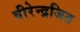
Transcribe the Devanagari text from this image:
वीरेन्द्रजित